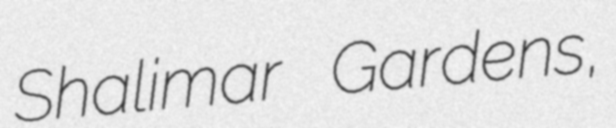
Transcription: Shalimar Gardens,